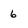
Character: 6